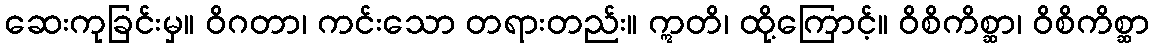
ဆေးကုခြင်းမှ။ ဝိဂတာ၊ ကင်းသော တရားတည်း။ ဣတိ၊ ထို့ကြောင့်။ ဝိစိကိစ္ဆာ၊ ဝိစိကိစ္ဆာ